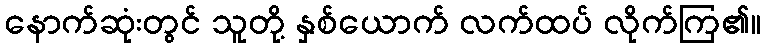
နောက်ဆုံးတွင် သူတို့ နှစ်ယောက် လက်ထပ် လိုက်ကြ၏။